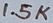
Text: 1.5K